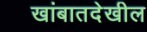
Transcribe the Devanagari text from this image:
खांबातदेखील